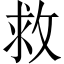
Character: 救